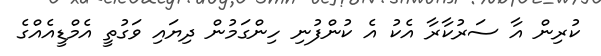
ކުރިން އާ ސަރުކާރާ އެކު އެ ކުންފުނި ހިންގަމުން ދިޔައި ވަގުތީ އެމްޑީއެއްގެ